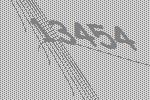
13454